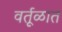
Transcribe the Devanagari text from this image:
वर्तूळात